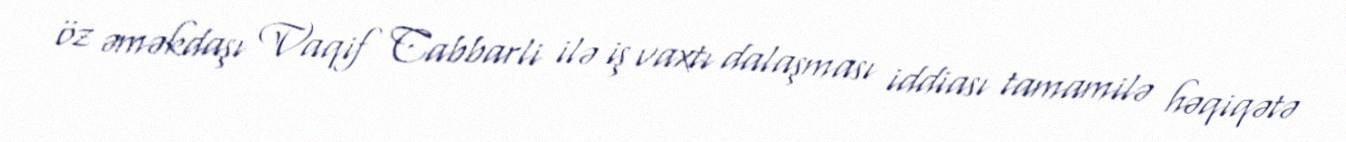
öz əməkdaşı Vaqif Cabbarli ilə iş vaxtı dalaşması iddiası tamamilə həqiqətə